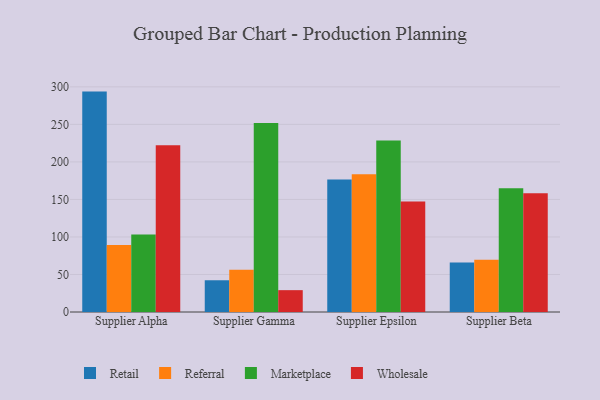
{"axis": {"x": "Supplier", "y": "Page Views"}, "legend": ["Marketplace", "Referral", "Retail", "Wholesale"], "data": [{"x": "Supplier Alpha", "y": 293.7, "type": "Retail"}, {"x": "Supplier Alpha", "y": 89.4, "type": "Referral"}, {"x": "Supplier Alpha", "y": 103.4, "type": "Marketplace"}, {"x": "Supplier Alpha", "y": 222.3, "type": "Wholesale"}, {"x": "Supplier Gamma", "y": 42.3, "type": "Retail"}, {"x": "Supplier Gamma", "y": 56.3, "type": "Referral"}, {"x": "Supplier Gamma", "y": 251.7, "type": "Marketplace"}, {"x": "Supplier Gamma", "y": 29.1, "type": "Wholesale"}, {"x": "Supplier Epsilon", "y": 176.4, "type": "Retail"}, {"x": "Supplier Epsilon", "y": 183.4, "type": "Referral"}, {"x": "Supplier Epsilon", "y": 228.6, "type": "Marketplace"}, {"x": "Supplier Epsilon", "y": 147.1, "type": "Wholesale"}, {"x": "Supplier Beta", "y": 66.0, "type": "Retail"}, {"x": "Supplier Beta", "y": 69.7, "type": "Referral"}, {"x": "Supplier Beta", "y": 165.0, "type": "Marketplace"}, {"x": "Supplier Beta", "y": 158.4, "type": "Wholesale"}]}